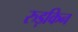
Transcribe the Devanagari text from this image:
रुड़किन